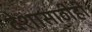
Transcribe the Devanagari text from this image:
देशासाठीही